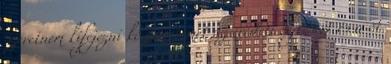
szeretném kifejezni köszönetemet az eredeti rejtésért és a öt